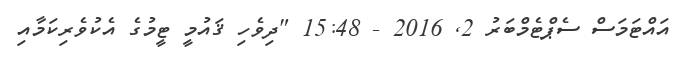
އައްޓަމަސް ސެޕްޓެމްބަރު 2